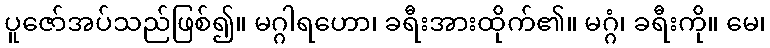
ပူဇော်အပ်သည်ဖြစ်၍။ မဂ္ဂါရဟော၊ ခရီးအားထိုက်၏။ မဂ္ဂံ၊ ခရီးကို။ မေ၊